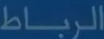
الرباط